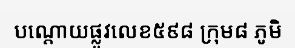
បណ្តោយផ្លូវលេខ៥៩៨ ក្រុម៨ ភូមិ